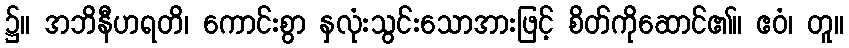
၌။ အဘိနီဟရတိ၊ ကောင်းစွာ နှလုံးသွင်းသောအားဖြင့် စိတ်ကိုဆောင်၏။ ဧဝံ၊ တူ။